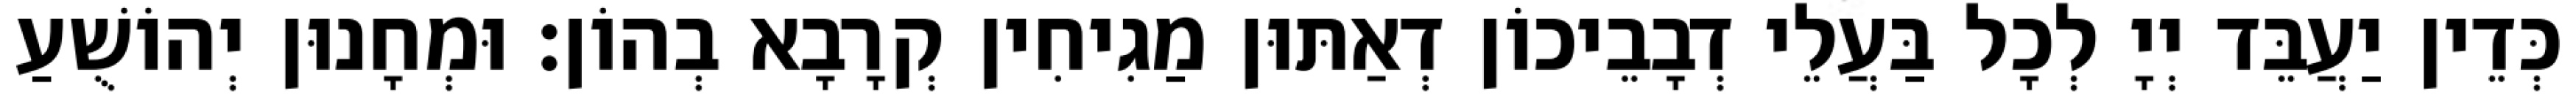
כְּדֵין יַעֲבֵּד יְיָ לְכָל בַּעֲלֵי דְבָבֵיכוֹן דְאַתּוּן מַגִיחִין קְרָבָא בְהוֹן׃ וּמְחָנוּן יְהוֹשֻׁעַ